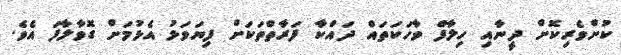
ކުށްވެރިކޮށް ދީނާއި ހިލާފް ވާހަކަތައް ދައްކާ ފަރާތްތަކަށް ފިޔަވަޅު އެޅުމަށް ގޮވާލާފަ އެވެ.